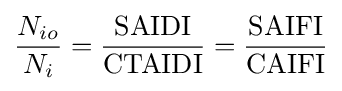
{\frac {N_{io}}{N_{i}}}={\frac {\mbox{SAIDI}}{\mbox{CTAIDI}}}={\frac {\mbox{SAIFI}}{\mbox{CAIFI}}}